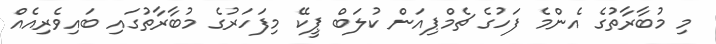
މި މުބާރާތުގެ އެންމެ ފަހުގެ ޗެމްޕިއަން ކުލަބް ޕީކޭ މިފަހަރުގެ މުބާރާތުގައި ބައިވެރިއެއް